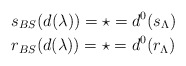
\begin{align*}&s_{BS}(d(\lambda))= \star = d^0(s_{\Lambda}) \\&r_{BS}(d(\lambda))= \star = d^0(r_{\Lambda})\end{align*}